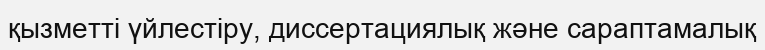
қызметті үйлестіру, диссертациялық және сараптамалық